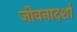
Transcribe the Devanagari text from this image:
जीवनादर्शां